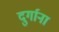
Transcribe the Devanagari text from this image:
दुर्गाना